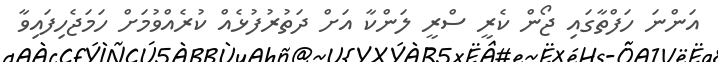
އަންނަ ހަފްތާގައި ޖޯން ކެރީ ސްރީ ލަންކާ އަށް ދަތުރުފުޅެއް ކުރެއްވުމަށް ހަމަޖެހިފައިވާ